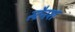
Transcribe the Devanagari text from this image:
स्टैनश